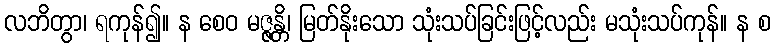
လဘိတွာ၊ ရကုန်၍။ န စေဝ မဇ္ဇန္တိ၊ မြတ်နိုးသော သုံးသပ်ခြင်းဖြင့်လည်း မသုံးသပ်ကုန်။ န စ